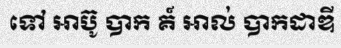
ទៅ អាប៊ូ បាក គ៍ អាល់ បាកដាឌី